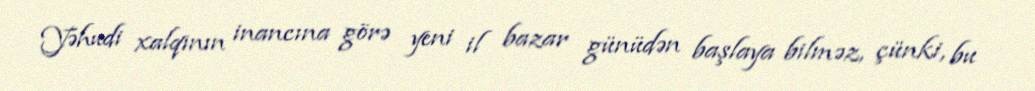
Yəhudi xalqının inancına görə yeni il bazar günüdən başlaya bilməz, çünki, bu